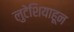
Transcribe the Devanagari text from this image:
लुटेशियाहून